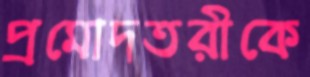
প্রমোদতরীকে